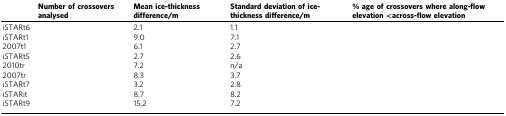
<table><thead><tr><td>[EMPTY_CELL]</td><td><b>Number of crossovers analysed</b></td><td><b>Mean ice-thickness difference/m</b></td><td><b>Standard deviation of ice-thickness difference/m</b></td><td><b>% age of crossovers where along-flow elevation <across-flow elevation=""></across-flow></b></td></tr></thead><tbody><tr><td>iSTARt6</td><td>[EMPTY_CELL]</td><td>2.1</td><td>1.1</td><td>[EMPTY_CELL]</td></tr><tr><td>iSTARt1</td><td>[EMPTY_CELL]</td><td>9.0</td><td>7.1</td><td>[EMPTY_CELL]</td></tr><tr><td>2007t1</td><td>[EMPTY_CELL]</td><td>6.1</td><td>2.7</td><td>[EMPTY_CELL]</td></tr><tr><td>iSTARt5</td><td>[EMPTY_CELL]</td><td>2.7</td><td>2.6</td><td>[EMPTY_CELL]</td></tr><tr><td>2010tr</td><td>[EMPTY_CELL]</td><td>7.2</td><td>n/a</td><td>[EMPTY_CELL]</td></tr><tr><td>2007tr</td><td>[EMPTY_CELL]</td><td>8.3</td><td>3.7</td><td>[EMPTY_CELL]</td></tr><tr><td>iSTARt7</td><td>[EMPTY_CELL]</td><td>3.2</td><td>2.8</td><td>[EMPTY_CELL]</td></tr><tr><td>iSTARit</td><td>[EMPTY_CELL]</td><td>8.7</td><td>8.2</td><td>[EMPTY_CELL]</td></tr><tr><td>iSTARt9</td><td>[EMPTY_CELL]</td><td>15.2</td><td>7.2</td><td>[EMPTY_CELL]</td></tr></tbody></table>